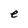
Character: e